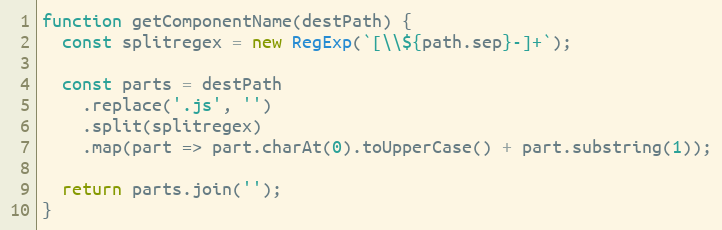
Language: JavaScript
function getComponentName(destPath) {
  const splitregex = new RegExp(`[\\${path.sep}-]+`);

  const parts = destPath
    .replace('.js', '')
    .split(splitregex)
    .map(part => part.charAt(0).toUpperCase() + part.substring(1));

  return parts.join('');
}